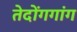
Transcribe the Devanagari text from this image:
तेदोंगगांग